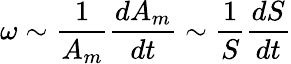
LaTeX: \omega\sim\frac{1}{A_{m}}\frac{dA_{m}}{dt}\sim\frac{1}{S}\frac{dS}{dt}